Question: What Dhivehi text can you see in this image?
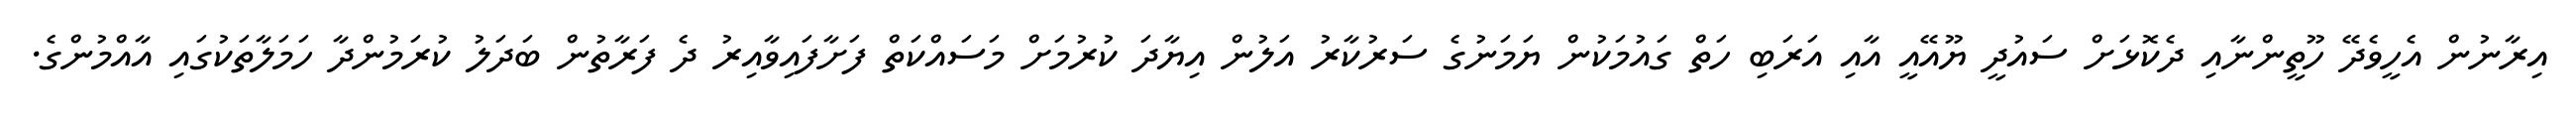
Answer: އިރާނުން އެހީވެދޭ ހޫތީންނާއި ދެކޮޅަށް ސައުދީ ޔޫއޭއީ އާއި އަރަބި ހަތް ގައުމަކުން ޔަމަނުގެ ސަރުކާރު އަލުން އިޔާދަ ކުރުމަށް މަސައްކަތް ފަށާފައިވާއިރު ދެ ފަރާތުން ބަދަލު ކުރަމުންދާ ހަމަލާތަކުގައި އާއްމުންގެ.